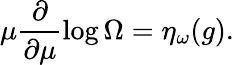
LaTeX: \mu\frac{\partial}{\partial\mu}\log\Omega=\eta_{\omega}(g).